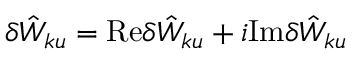
\delta { \hat { W } } _ { k u } = \mathrm { R e } \delta { \hat { W } } _ { k u } + i \mathrm { I m } \delta { \hat { W } } _ { k u }